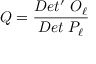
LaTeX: Q = { \frac { D e t ^ { \prime } \ O _ { \ell } } { D e t \ P _ { \ell } } }